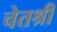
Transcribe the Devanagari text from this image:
चेतश्री